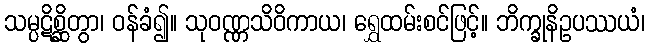
သမ္ပဋိစ္ဆိတွာ၊ ဝန်ခံ၍။ သုဝဏ္ဏသိဝိကာယ၊ ရွှေထမ်းစင်ဖြင့်။ ဘိက္ခုနိဥပဿယံ၊